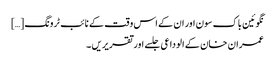
نگوئین باک سون اور ان کے اس وقت کے نائب ٹرونگ […]
عمران خان کے الوداعی جلسے اور تقریریں ۔